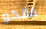
فالكو